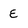
Character: E